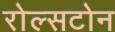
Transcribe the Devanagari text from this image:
रोल्सटोन